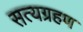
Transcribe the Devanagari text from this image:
सत्यग्रहण